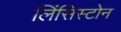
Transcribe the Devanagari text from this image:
लिंसिस्टोन